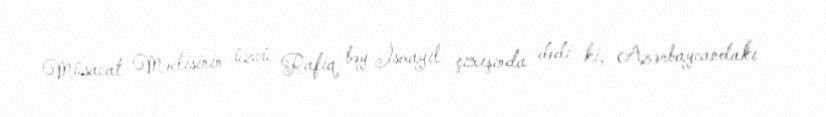
Müsavat Məclisinin üzvü Rafiq bəy İsmayıl çıxışında dedi ki, Azərbaycandakı